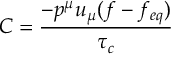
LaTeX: C = { \frac { - { p ^ { \mu } u _ { \mu } ( f - f _ { e q } ) } } { \tau _ { c } } }